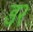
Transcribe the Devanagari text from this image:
ड२